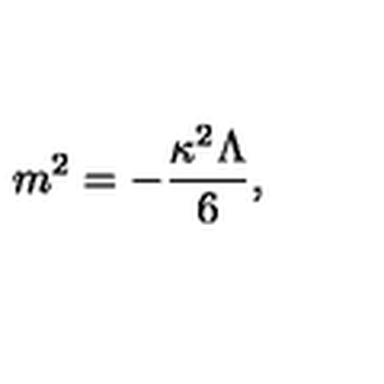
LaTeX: m ^ { 2 } = - \frac { \kappa ^ { 2 } \Lambda } { 6 } ,